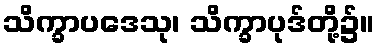
သိက္ခာပဒေသု၊ သိက္ခာပုဒ်တို့၌။